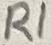
Text: R1